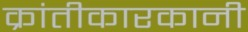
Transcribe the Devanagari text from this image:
क्रांतीकारकानी